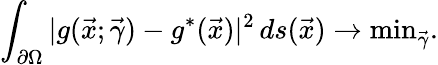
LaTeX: \int_{\partial\Omega}|g(\vec{x};\vec{\gamma})-g^{*}(\vec{x})|^{2}\, ds(\vec{x})\rightarrow\mathrm{min}_{{\vec{\gamma}}}.